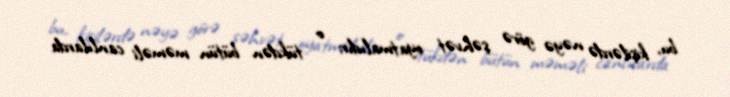
bu, kişilərdə nəyə görə şəhvət oyatmalıdır; o tükdən bütün məməli canlılarda